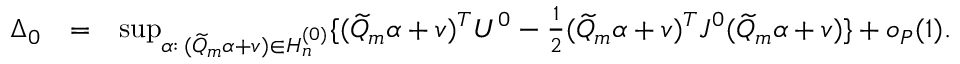
\begin{array} { r l r } { \Delta _ { 0 } } & { = } & { \operatorname* { s u p } _ { \alpha : \, ( \widetilde { Q } _ { m } \alpha + v ) \in H _ { n } ^ { ( 0 ) } } \{ ( \widetilde { Q } _ { m } \alpha + v ) ^ { T } U ^ { 0 } - \frac { 1 } { 2 } ( \widetilde { Q } _ { m } \alpha + v ) ^ { T } J ^ { 0 } ( \widetilde { Q } _ { m } \alpha + v ) \} + o _ { P } ( 1 ) . } \end{array}